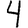
Digit: 4